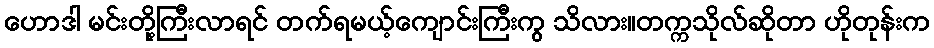
ဟောဒါ မင်းတို့ကြီးလာရင် တက်ရမယ့်ကျောင်းကြီးကွ သိလား။တက္ကသိုလ်ဆိုတာ ဟိုတုန်းက